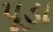
પૂડા